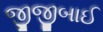
જીજીબાઈ